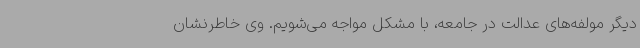
دیگر مولفه‌های عدالت در جامعه، با مشکل مواجه می‌شویم. وی خاطرنشان